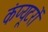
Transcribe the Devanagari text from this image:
कंप्‍यूटरों